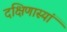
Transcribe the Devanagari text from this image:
दक्षिणास्यां